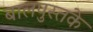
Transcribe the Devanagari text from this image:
बालपुस्तके